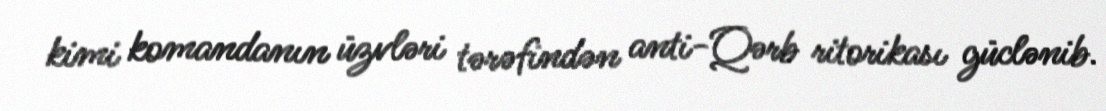
kimi komandanın üzvləri tərəfindən anti-Qərb ritorikası güclənib.